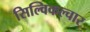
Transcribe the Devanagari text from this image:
सिल्विकल्चार